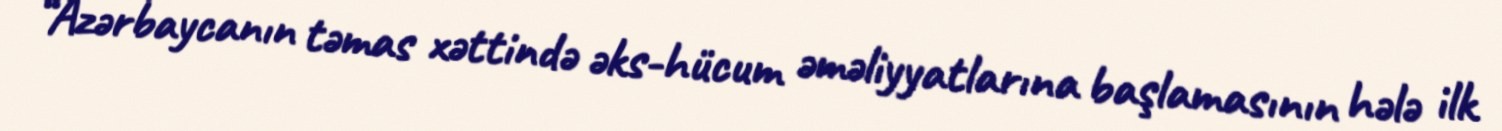
“Azərbaycanın təmas xəttində əks-hücum əməliyyatlarına başlamasının hələ ilk